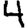
Digit: 4